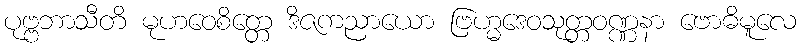
ပုဗ္ဗဘာသီတိ မုဟဝေစိတ္တေ ဒိဇကညာယော ဗြဟ္မဒေဝသုတ္တဝဏ္ဏနာ ဗောဓိမူလေ